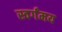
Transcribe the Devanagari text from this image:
स्वर्गंमय